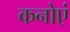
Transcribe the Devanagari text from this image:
कनोएं